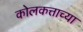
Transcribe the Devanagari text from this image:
कोलकत्ताच्या